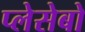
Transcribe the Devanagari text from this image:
प्लेसेबो